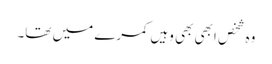
وہ شخص ابھی بھی وہیں کمرے میں تھا۔